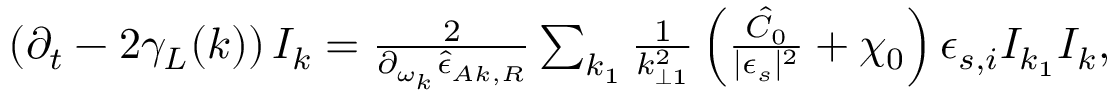
\begin{array} { r } { \left( \partial _ { t } - 2 \gamma _ { L } ( k ) \right) I _ { k } = \frac { 2 } { \partial _ { \omega _ { k } } \hat { \epsilon } _ { A k , R } } \sum _ { k _ { 1 } } \frac { 1 } { k _ { \perp 1 } ^ { 2 } } \left( \frac { \hat { C } _ { 0 } } { \lvert \epsilon _ { s } \rvert ^ { 2 } } + \chi _ { 0 } \right) \epsilon _ { s , i } I _ { k _ { 1 } } I _ { k } , } \end{array}